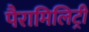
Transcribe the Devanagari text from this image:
पैरामिलिट्री